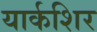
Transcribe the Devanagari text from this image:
यार्कशिर